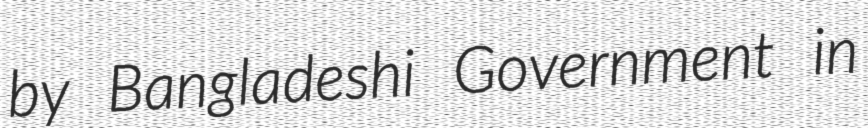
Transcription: by Bangladeshi Government in